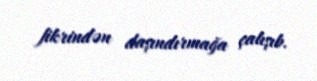
fikrindən daşındırmağa çalışıb.